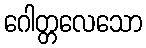
ဂေါတ္တလေသော